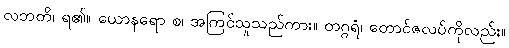
လဘတိ၊ ရ၏။ ယောနရော စ၊ အကြင်သူသည်ကား။ တဂ္ဂရံ၊ တောင်ဇလပ်ကိုလည်း။